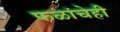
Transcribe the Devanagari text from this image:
फळांचेही